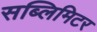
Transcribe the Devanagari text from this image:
सब्लिमिटर